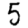
Digit: 5